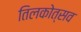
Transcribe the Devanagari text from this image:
तिलकोत्सव